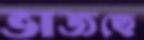
ভাজছে